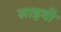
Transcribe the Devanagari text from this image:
लाइवी